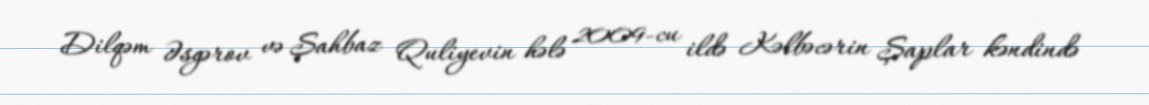
Dilqəm Əsgərov və Şahbaz Quliyevin hələ 2009-cu ildə Kəlbəcərin Şaplar kəndində